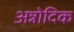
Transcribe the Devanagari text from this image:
अन्नोदिक